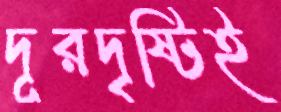
দূরদৃষ্টিই